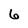
Character: 6